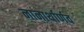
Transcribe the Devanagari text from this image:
नानार्थार्णव